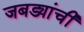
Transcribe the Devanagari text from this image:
जबड्यांची